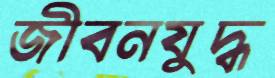
জীবনযুদ্ধ